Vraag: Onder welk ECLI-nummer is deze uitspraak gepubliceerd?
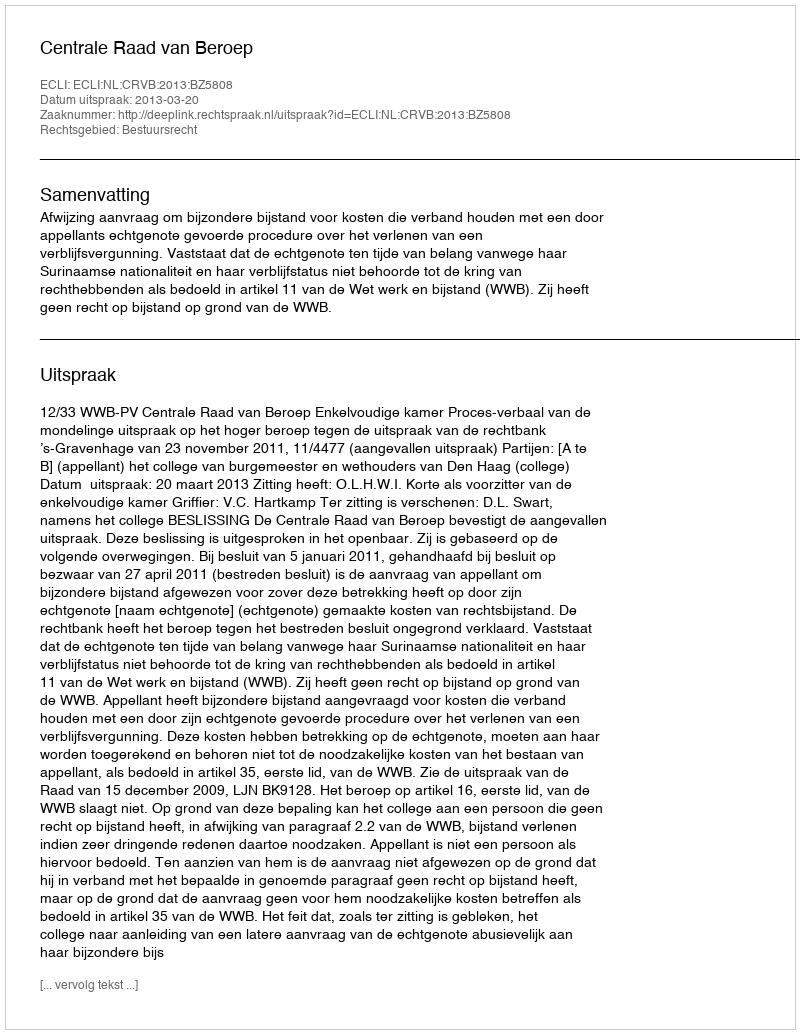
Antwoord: ECLI:NL:CRVB:2013:BZ5808